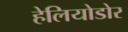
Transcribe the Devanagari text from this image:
हेलियोडोर